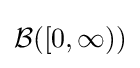
{\mathcal {B}}([0,\infty ))